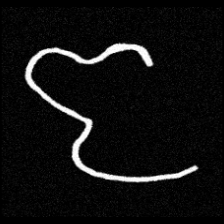
Pyu character \u2014 Myanmar letter: ဇ (romanized: ja)